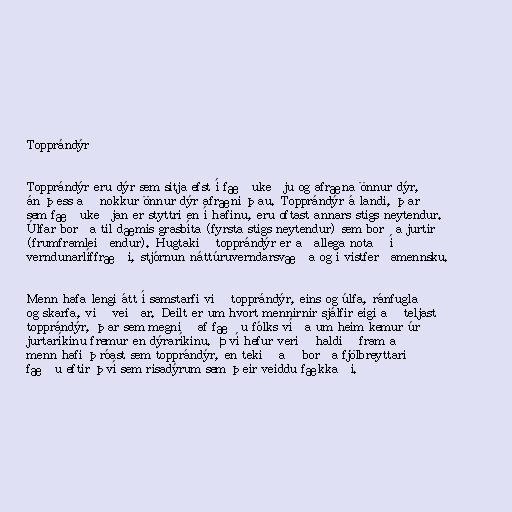
Topprándýr

Topprándýr eru dýr sem sitja efst í fæðukeðju og afræna önnur dýr,
án þess að nokkur önnur dýr afræni þau. Topprándýr á landi, þar
sem fæðukeðjan er styttri en í hafinu, eru oftast annars stigs neytendur.
Úlfar borða til dæmis grasbíta (fyrsta stigs neytendur) sem borða jurtir
(frumframleiðendur). Hugtakið topprándýr er aðallega notað í
verndunarlíffræði, stjórnun náttúruverndarsvæða og í vistferðamennsku.

Menn hafa lengi átt í samstarfi við topprándýr, eins og úlfa, ránfugla
og skarfa, við veiðar. Deilt er um hvort mennirnir sjálfir eigi að teljast
topprándýr, þar sem megnið af fæðu fólks víða um heim kemur úr
jurtaríkinu fremur en dýraríkinu. Því hefur verið haldið fram að
menn hafi þróast sem topprándýr, en tekið að borða fjölbreyttari
fæðu eftir því sem risadýrum sem þeir veiddu fækkaði.